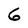
Character: G